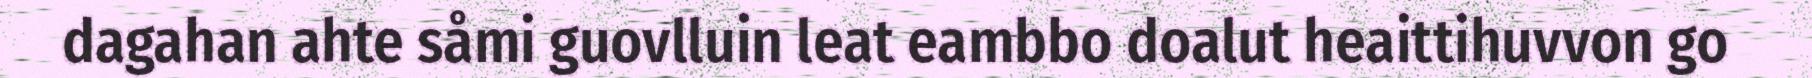
dagahan ahte såmi guovlluin leat eambbo doalut heaittihuvvon go